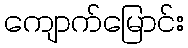
ကျောက်မြောင်း